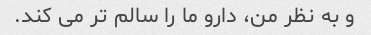
و به نظر من، دارو ما را سالم تر می کند.